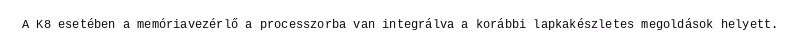
A K8 esetében a memóriavezérlő a processzorba van integrálva a korábbi lapkakészletes megoldások helyett.